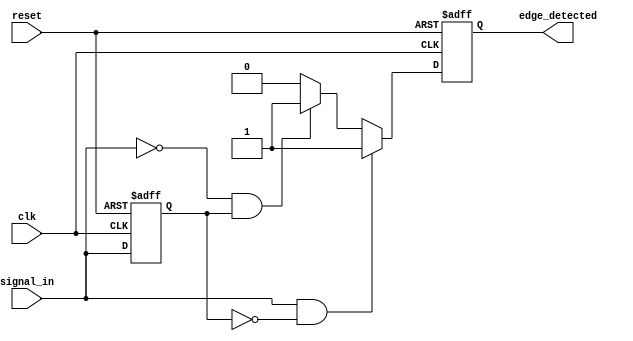
module edge_detector (
    input wire clk,               // Clock signal
    input wire reset,             // Reset signal
    input wire signal_in,         // Input signal
    output reg edge_detected      // Output signal indicating edge detection
);

    // Memory block to store the previous state of the input signal
    reg previous_state;

    // Always block triggered on the rising edge of the clock or reset
    always @(posedge clk or posedge reset) begin
        if (reset) begin
            // Initialize previous state to low on reset
            previous_state <= 1'b0;
            edge_detected <= 1'b0; // Clear edge detected on reset
        end else begin
            // Edge detection logic
            if (signal_in && !previous_state) begin
                // Rising edge detected
                edge_detected <= 1'b1;
            end else if (!signal_in && previous_state) begin
                // Falling edge detected
                edge_detected <= 1'b1;
            end else begin
                // No edge detected
                edge_detected <= 1'b0;
            end
            
            // Update previous state to current state
            previous_state <= signal_in;
        end
    end

endmodule